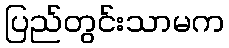
ပြည်တွင်းသာမက